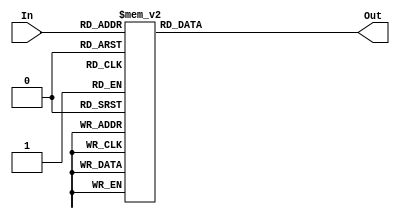
/* LUT para estados */
/* Dois primeiros digitos da entrada eh o estado anterior */
/* Dois bits seguintes sao as entradas da da calculadora */

module normReg (In, Out);
	input [3:0] In;
	output reg[3:0] Out;

	always @(*)	
		case (In)
			4'b0000 : Out = 4'b0000; 
			4'b0001 : Out = 4'b0001;
			4'b0010 : Out = 4'b0010; 
			4'b0011 : Out = 4'b0011; 

			4'b0100 : Out = 4'b0100; 
			4'b0101 : Out = 4'b0101; 
			4'b0110 : Out = 4'b0110; 
			4'b0111 : Out = 4'b0111; 
 
			4'b1000 : Out = 4'b1000; 
			4'b1001 : Out = 4'b1001;
	
			default : Out = 4'b0000;
		endcase
		
endmodule